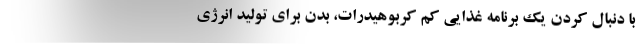
با دنبال کردن یک برنامه غذایی کم کربوهیدرات، بدن برای تولید انرژی